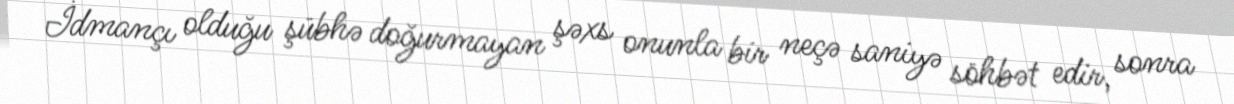
İdmançı olduğu şübhə doğurmayan şəxs onunla bir neçə saniyə söhbət edir, sonra